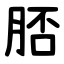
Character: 脴